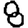
Digit: 8